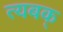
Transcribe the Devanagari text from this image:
त्यबक्